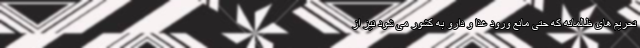
تحریم های ظالمانه که حتی مانع ورود غذا و دارو به کشور می شود نیز از